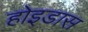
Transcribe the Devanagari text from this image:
होइडास